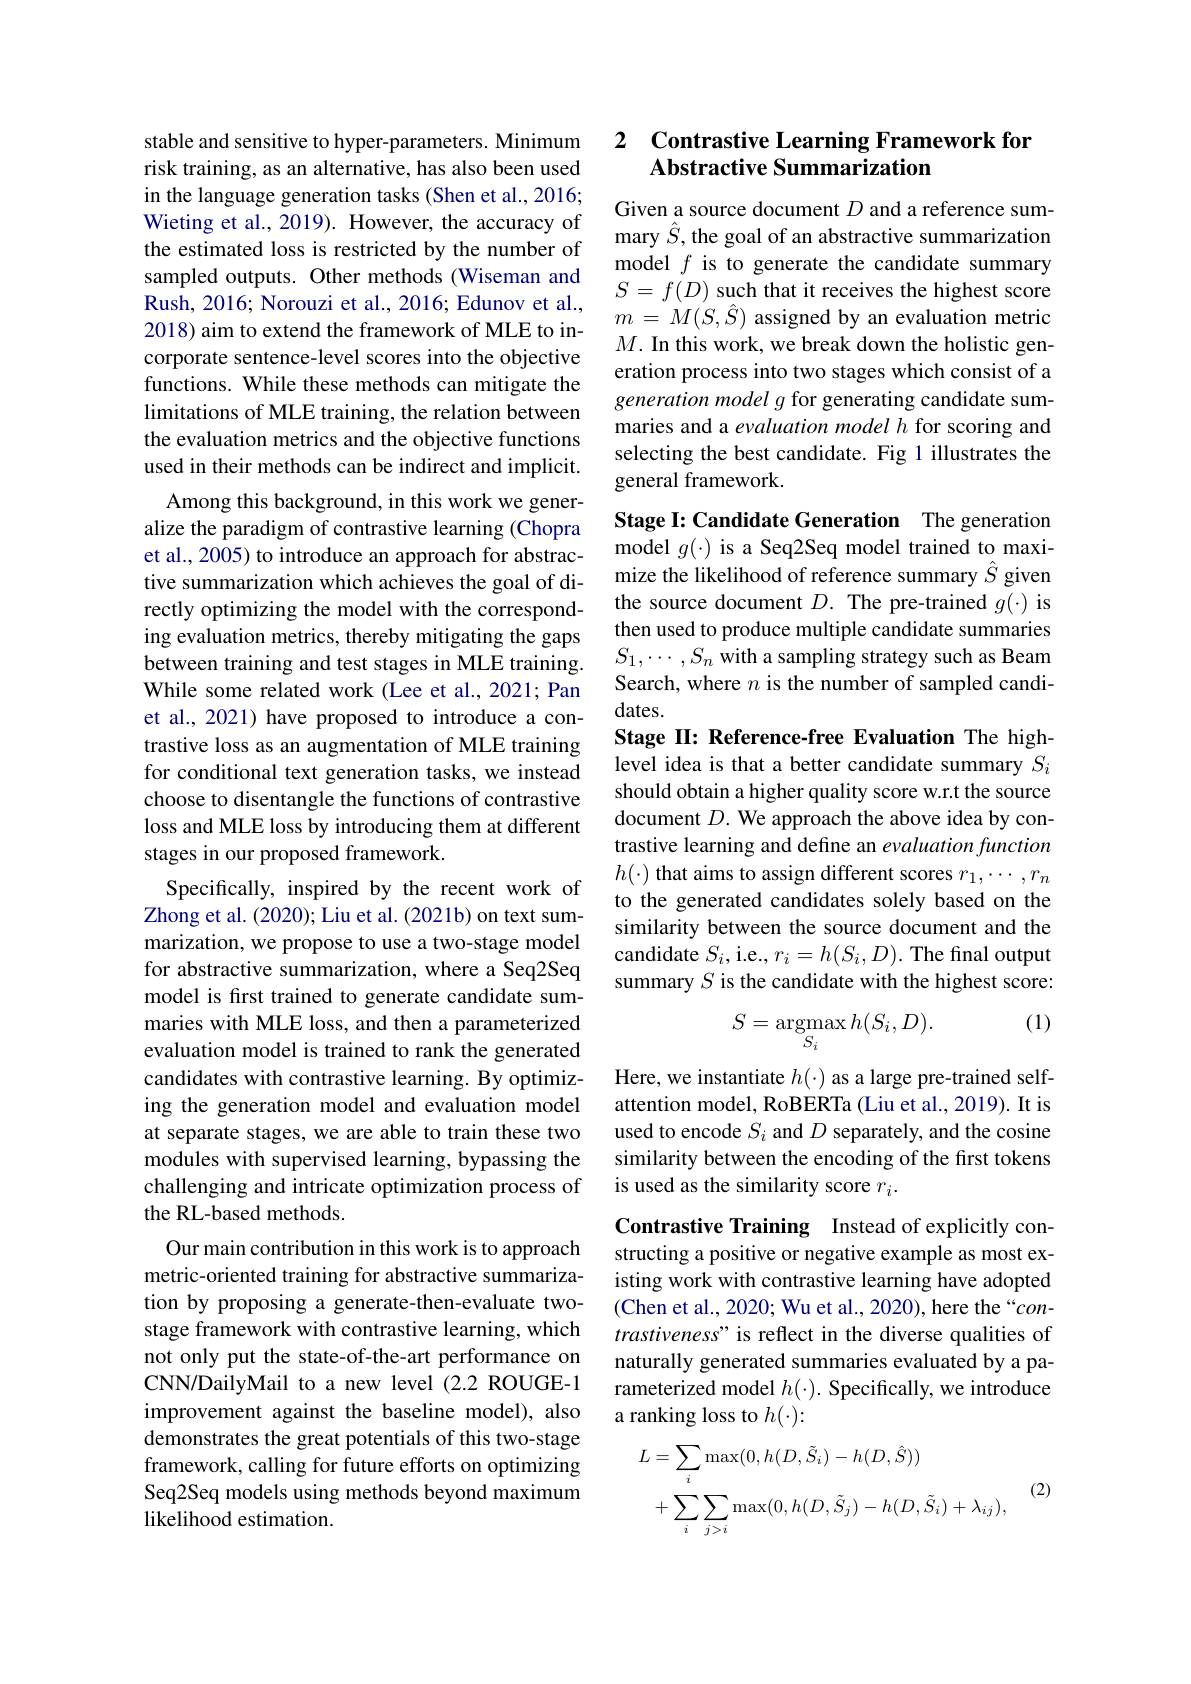
stable and sensitive to hyper-parameters. Minimum risk training, as an alternative, has also been used in the language generation tasks (Shen et al., 2016; Wieting et al., 2019). However, the accuracy of the estimated loss is restricted by the number of sampled outputs. Other methods (Wiseman and Rush, 2016; Norouzi et al., 2016; Edunov et al., 2018) aim to extend the framework of MLE to incorporate sentence-level scores into the objective functions. While these methods can mitigate the limitations of MLE training, the relation between the evaluation metrics and the objective functions used in their methods can be indirect and implicit.
Among this background, in this work we generalize the paradigm of contrastive learning (Chopra et al., 2005) to introduce an approach for abstractive summarization which achieves the goal of directly optimizing the model with the corresponding evaluation metrics, thereby mitigating the gaps between training and test stages in MLE training. While some related work (Lee et al., 2021; Pan et al., 2021) have proposed to introduce a contrastive loss as an augmentation of MLE training for conditional text generation tasks, we instead choose to disentangle the functions of contrastive loss and MLE loss by introducing them at different stages in our proposed framework.
Specifically, inspired by the recent work of Zhong et al. (2020); Liu et al. (2021b) on text summarization, we propose to use a two-stage model for abstractive summarization, where a Seq2Seq model is frst trained to generate candidate summaries with MLE loss, and then a parameterized evaluation model is trained to rank the generated candidates with contrastive learning. By optimizing the generation model and evaluation model at separate stages, we are able to train these two modules with supervised learning, bypassing the challenging and intricate optimization process of the RL-based methods.
Our main contribution in this work is to approach metric-oriented training for abstractive summarization by proposing a generate-then-evaluate twostage framework with contrastive learning, which not only put the state-of-the-art performance on CNN/DailyMail to a new level (2.2 ROUGE-1 improvement against the baseline model), also demonstrates the great potentials of this two-stage framework, calling for future efforts on optimizing Seq2Seq models using methods beyond maximum likelihood estimation.

### 2 $\textbf{Contrastive Learning Framework for}$ Abstractive Summarization

Given a source document $D$ and a reference summary $\hat{S}$, the goal of an abstractive summarization model $f$ is to generate the candidate summary $S=f(D)$ such that it receives the highest score $m$ = $M( S, \hat{S} )$ assigned by an evaluation metric $M.$ In this work, we break down the holistic gen- eration process into two stages which consist of a generation model $g$ for generating candidate summaries and a evaluation model h for scoring and selecting the best candidate. Fig 1 illustrates the general framework.

Stage I: Candidate Generation The generation model $g(\cdot)$ is a Seq2Seq model trained to maximize the likelihood of reference summary $\hat{S}$ given the source document $D.$ The pre-trained $g(\cdot)$ is then used to produce multiple candidate summaries $S_1,\cdots,S_n$ with a sampling strategy such as Beam Search, where $n$ is the number of sampled candidates.
Stage II: Reference-free Evaluation The highlevel idea is that a better candidate summary $S_i$ should obtain a higher quality score w.r.t the source document $D.$ We approach the above idea by contrastive learning and define an evaluation function $h(\cdot)$ that aims to assign different scores $r_1,\cdots,r_n$ to the generated candidates solely based on the similarity between the source document and the candidate $S_i$,i.e.$,r_i=h(S_i,D).$ The final output summary $S$ is the candidate with the highest score:

(1)
$$S=\mathop{\mathrm{argmax}}_{S_i}h(S_i,D).$$
Here, we instantiate $h(\cdot)$ as a large pre-trained selfattention model, RoBERTa (Liu et al., 2019). It is used to encode $S_i$ and $D$ separately, and the cosine similarity between the encoding of the first tokens is used as the similarity score $r_i.$

Contrastive Training Instead of explicitly constructing a positive or negative example as most existing work with contrastive learning have adopted (Chen et al., 2020; Wu et al., 2020), here the “contrastiveness" is reflect in the diverse qualities of naturally generated summaries evaluated by a parameterized model $h(\cdot).$ Specifically, we introduce a ranking loss to $h(\cdot):$

(2)
$$\begin{aligned}\text{L}&=\sum_{i}\max(0,h(D,\tilde{S}_{i})-h(D,\hat{S}))\\&+\sum_{i}\sum_{j>i}\max(0,h(D,\tilde{S}_{j})-h(D,\tilde{S}_{i})+\lambda_{ij}),\end{aligned}$$